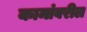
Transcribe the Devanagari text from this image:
कामांवरील